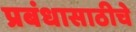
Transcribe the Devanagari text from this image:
प्रबंधासाठीचे